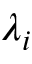
\lambda _ { i }